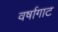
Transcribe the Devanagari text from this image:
वर्षागाट